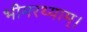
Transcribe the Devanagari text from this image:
भीमरथ्याम्।